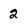
Character: 2